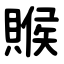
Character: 䞀